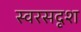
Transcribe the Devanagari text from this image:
स्वरसदृश